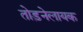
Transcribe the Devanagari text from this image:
तोड़नेलायक